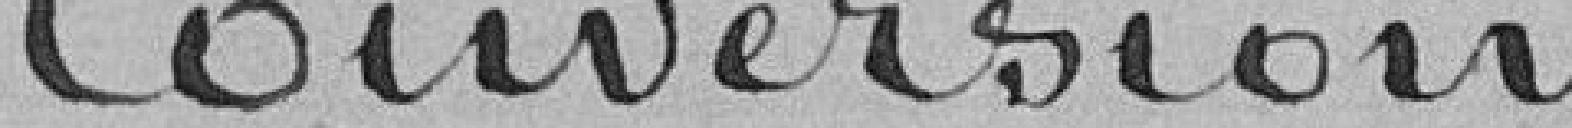
Conversion